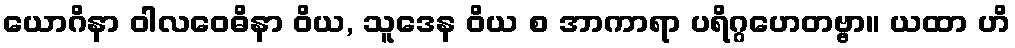
ယောဂိနာ ဝါလဝေဓိနာ ဝိယ, သူဒေန ဝိယ စ အာကာရာ ပရိဂ္ဂဟေတဗ္ဗာ။ ယထာ ဟိ